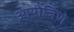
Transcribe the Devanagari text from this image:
आयोजिणे